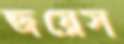
জয়েস